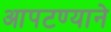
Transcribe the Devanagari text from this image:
आपटण्याने